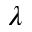
\lambda